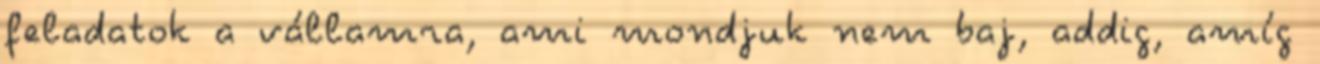
feladatok a vállamra, ami mondjuk nem baj, addig, amíg